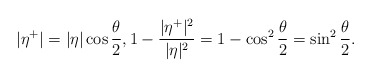
\begin{align*} |\eta^+| = |\eta| \cos\frac{\theta}{2}, 1-\frac{|\eta^+|^2}{|\eta|^2} = 1-\cos^2\frac{\theta}{2} = \sin^2\frac{\theta}{2}. \end{align*}